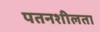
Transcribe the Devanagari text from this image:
पतनशीलता